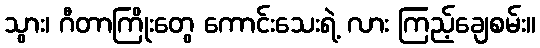
သွား၊ ဂီတာကြိုးတွေ ကောင်းသေးရဲ့ လား ကြည့်ချေစမ်း။